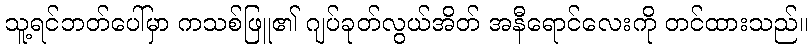
သူ့ရင်ဘတ်ပေါ်မှာ ကသစ်ဖြူ၏ ဂျပ်ခုတ်လွယ်အိတ် အနီရောင်လေးကို တင်ထားသည်။